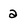
Character: a